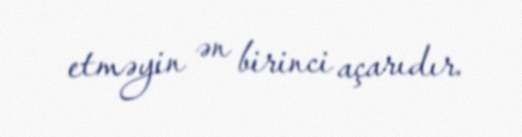
etməyin ən birinci açarıdır.